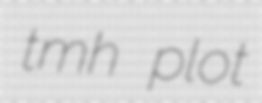
tmh plot